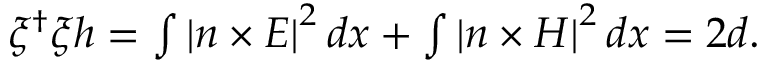
\begin{array} { r } { \xi ^ { \dagger } \xi h = \int \left| n \times E \right| ^ { 2 } d x + \int \left| n \times H \right| ^ { 2 } d x = 2 d . } \end{array}